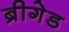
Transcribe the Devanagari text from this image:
ब्रीगेड